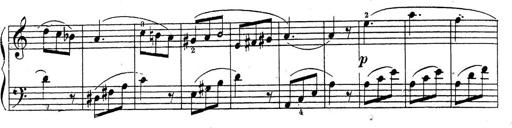
Title: 10 Sonatinas
Composer: Fritz Spindler